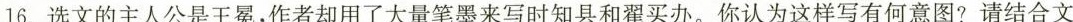
16. 选文的主人公是王冕，作者却用了大量笔墨来写时知县和翟买办。你认为这样写有何意图?请结合文本简要分析。（6分）